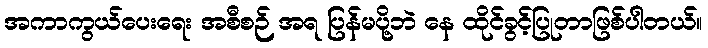
အကာကွယ်ပေးရေး အစီစဉ် အရ ပြန်မပို့ဘဲ နေ ထိုင်ခွင့်ပြုတာဖြစ်ပါတယ်။